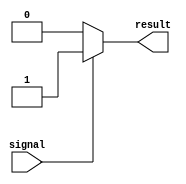
module conditional_logic (
    input wire signal,
    output reg result
);

always @* begin
    if (~signal) begin
        // Block of code executed if the condition is false
        result = 1'b0;
    end
    else begin
        // Block of code executed if the condition is true
        result = 1'b1;
    end
end

endmodule